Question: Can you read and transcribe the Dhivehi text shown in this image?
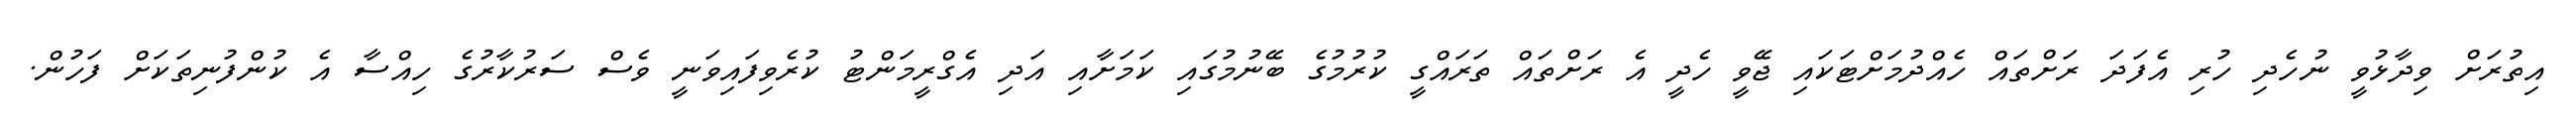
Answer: އިތުރަށް ވިދާޅުވީ ނުހެދި ހުރި އެފަދަ ރަށްތައް ހެއްދުމަށްޓަކައި ޖޭވީ ހެދީ އެ ރަށްތައް ތަރައްގީ ކުރުމުގެ ބޭނުމުގައި ކަމަށާއި އަދި އެގްރީމަންޓު ކުރެވިފައިވަނީ ވެސް ސަރުކާރުގެ ހިއްސާ އެ ކުންފުނިތަކަށް ފަހުން.